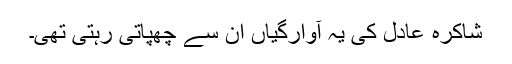
شاکرہ عادل کی یہ آوارگیاں اُن سے چھپاتی رہتی تھی۔